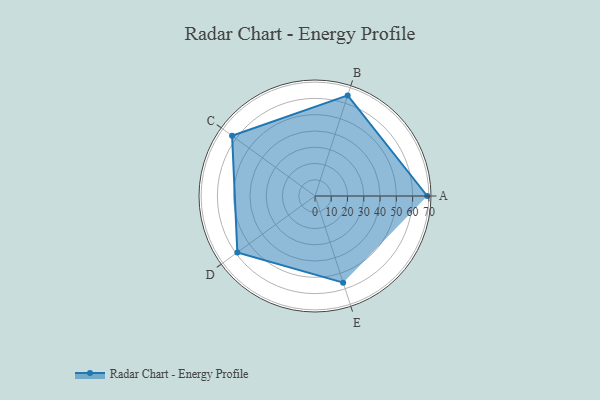
{"axis": {"x": "Skill", "y": "Score"}, "legend": ["Profile"], "data": [{"x": "A", "y": 69.0, "type": "Profile"}, {"x": "B", "y": 65.0, "type": "Profile"}, {"x": "C", "y": 63.0, "type": "Profile"}, {"x": "D", "y": 59.0, "type": "Profile"}, {"x": "E", "y": 56.0, "type": "Profile"}]}